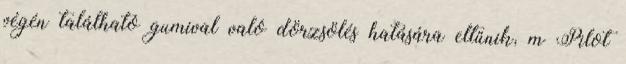
végén található gumival való dörzsölés hatására eltűnik, m Pilot